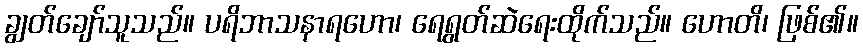
ချွတ်ချော်သူသည်။ ပရိဘာသနာရဟော၊ ရေရွတ်ဆဲရေးထိုက်သည်။ ဟောတိ၊ ဖြစ်၏။